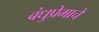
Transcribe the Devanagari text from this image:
बंधुप्रेमाचे